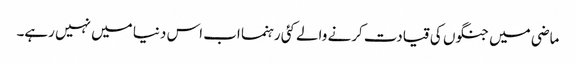
ماضی میں جنگوں کی قیادت کرنے والے کئی رہنما اب اس دنیا میں نہیں رہے۔